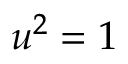
\textstyle u ^ { 2 } = 1